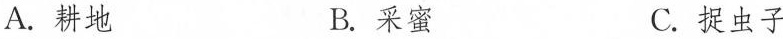
A. 耕地 B. 采蜜 C. 捉虫子